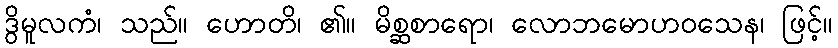
ဒွိမူလကံ၊ သည်။ ဟောတိ၊ ၏။ မိစ္ဆစာရော၊ လောဘမောဟဝသေန၊ ဖြင့်။